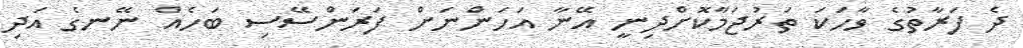
ދެ ފަރާތުގެ ވާހަކަ ތަރުޖަމާކޮށްދިނީ އޭނާ އަހަންނަށް ފަރަންސޭސި ބަހެއް ނޭނގެ އަދި